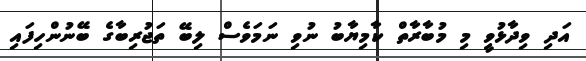
އަދި ވިދާޅުވީ މި މުބާރާތް ކާމިޔާބު ނުވި ނަމަވެސް ލިބޭ ތަޖުރިބާގެ ބޭނުންހިފައި